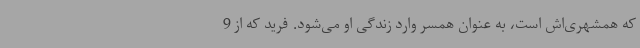
که همشهری‌اش است، به عنوان همسر وارد زندگی او می‌شود. فرید که از 9